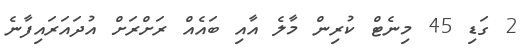
2 ގަޑި 45 މިނެޓް ކުރިން މާލެ އާއި ބައެއް ރަށްރަށް އުދައަރައިފާނެ